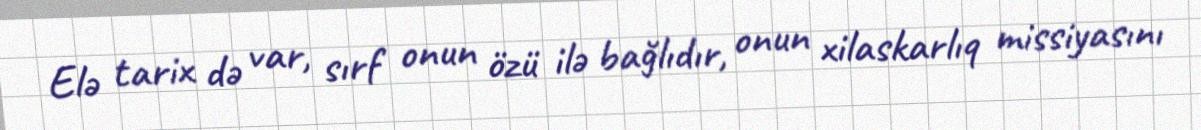
Elə tarix də var, sırf onun özü ilə bağlıdır, onun xilaskarlıq missiyasını